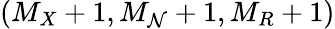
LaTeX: (M_{X}+1,M_{\mathcal{N}}+1,M_{R}+1)